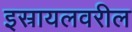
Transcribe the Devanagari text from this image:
इस्रायलवरील